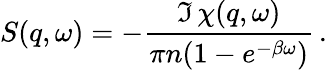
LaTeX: S(q,\omega)=-\frac{\Im\, \chi(q,\omega)}{\pi n(1-e^{-\beta\omega})}\, .